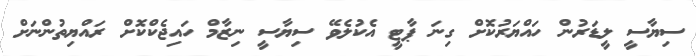
ސިޔާސީ ލީޑަރުން ހައްޔަރުކޮށް ގިނަ ޕާޓީ އެކުލެވޭ ސިޔާސީ ނިޒާމް ހައިޖެކްކޮށް ރައްޔިތުންނަށް